Civil Veterinary Department. Madras. Admin. report 1926-33 - 1926-1933
Year: 1926
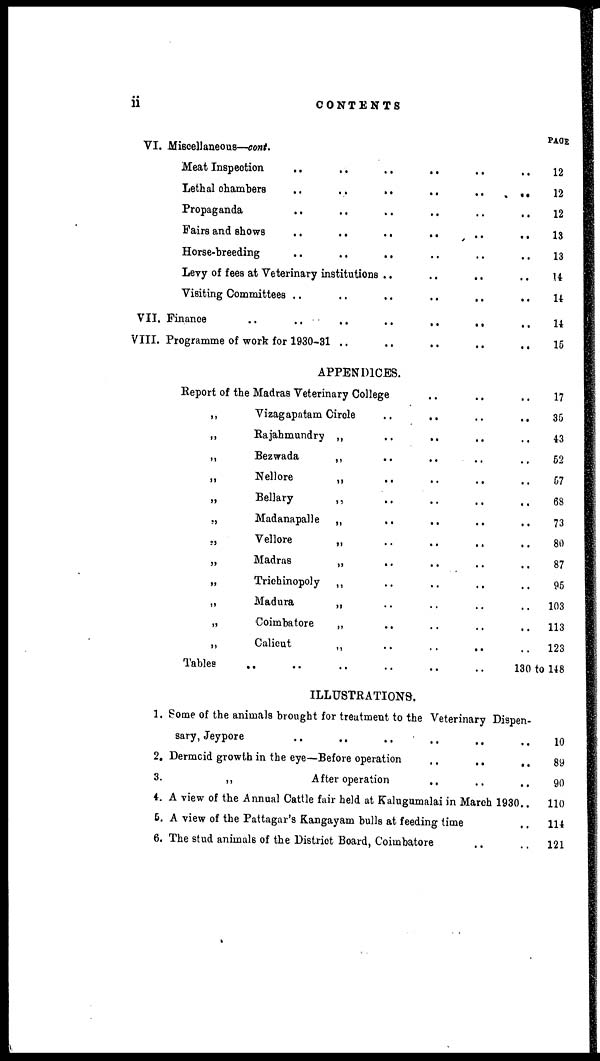
ii
CONTENTS
VI. Miscellaneous—cont.
Meat Inspection ..
Lethal chambers ..
Propaganda
..
Fairs and shows ..
Horse-breeding ..
..
..
..
..
..
Levy of fees at Veterinary institutions
Visiting Committees ..
VII. Finance .. ..
VIII. Programme of work for 1930-81
..
..
..
..
..
..
..
..
..
..
..
..
APPENDICES.
Report of the Madras Veterinary College
„
Vizagapatam Circle
„
Rajahmundry
„
Bezwada
„
Nellore
„
Bellary
„
Madanapalle
„
Vellore
„
Madras
„
Trichinopoly
„
Madura
„
Coimbatore
„
Calicut
Tables .. ..
..
..
..
..
..
..
..
..
..
..
„
..
..
..
..
..
..
..
..
..
..
..
..
..
..
..
..
..
..
..
..
..
..
..
..
..
..
..
..
..
..
..
..
..
..
..
..
..
..
..
..
..
..
..
..
..
..
..
..
..
..
..
..
..
..
..
..
..
..
..
..
..
..
..
..
..
..
..
..
..
..
..
..
..
..
..
..
..
..
..
..
..
..
130
PAGE
12
12
12
13
13
14
14
14
15
17
35
43
52
57
68
73
80
87
95
103
113
123
to 148
ILLUSTRATIONS.
1.
2.
3.
4.
5.
6.
Some of the animals brought for treatment to the Veterinary Dispen-
sary, Jeypore .. .. .. .. .. ..
Dermoid growth in the eye—Before operation .. .. ..
„
After operation .. .. ..
A view of the Annual Cattle fair held at Kalugumalai in March 1930..
A view of the Pattagar's Kangayam bulls at feeding time ..
The stud animals of the District Board, Coimbatore .. ..
10
89
90
110
114
121